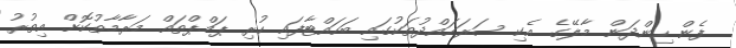
ފެން ހިންދަން މާލޭގެ އެކި ސަރަހައްދުތަކުގައި ބަހައްޓާފައި ހުރި ޕަމްޕްތައް މަރާމާތުކޮށް އިތުރު